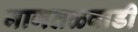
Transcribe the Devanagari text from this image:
नागतळवाडी